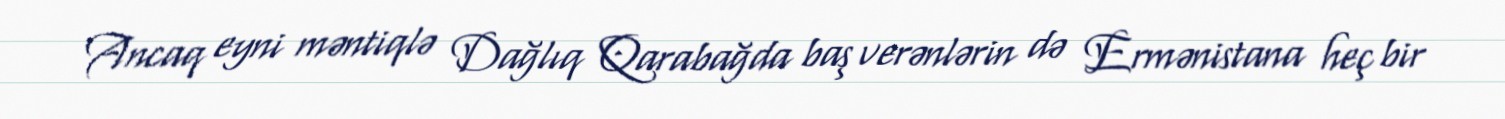
Ancaq eyni məntiqlə Dağlıq Qarabağda baş verənlərin də Ermənistana heç bir